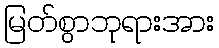
မြတ်စွာဘုရားအား